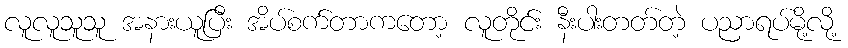
လူလူသူသူ အနားယူပြီး အိပ်စက်တာကတော့ လူတိုင်း နီးပါးတတ်တဲ့ ပညာရပ်မို့လို့